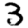
Digit: 3